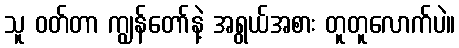
သူ ဝတ်တာ ကျွန်တော်နဲ့ အရွယ်အစား တူတူလောက်ပဲ။